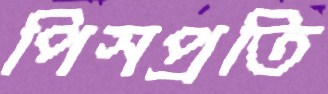
পিসপ্রতি